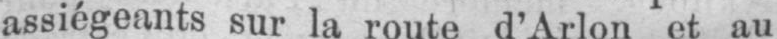
assiégeants sur la route d’Arlon et au